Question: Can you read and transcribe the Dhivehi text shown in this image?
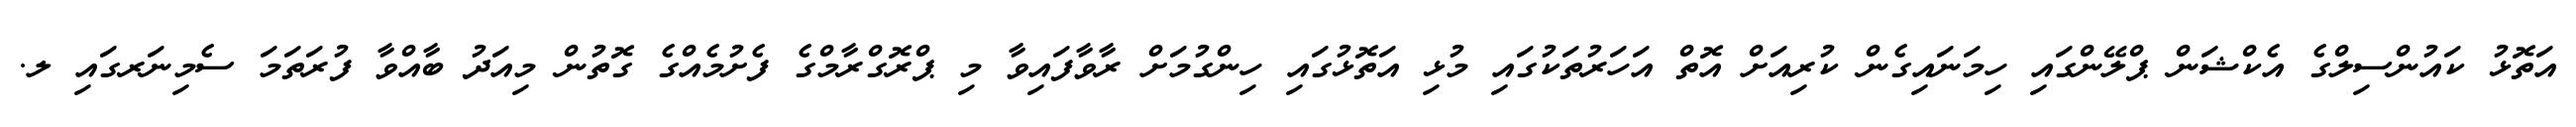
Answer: އަތޮޅު ކައުންސިލްގެ އެކްޝަން ޕްލޭންގައި ހިމަނައިގެން ކުރިއަށް އޮތް އަހަރުތަކުގައި މުޅި އަތޮޅުގައި ހިންގުމަށް ރާވާފައިވާ މި ޕްރޮގްރާމްގެ ފެށުމެއްގެ ގޮތުން މިއަދު ބާއްވާ ފުރަތަމަ ސެމިނަރގައި ލ.